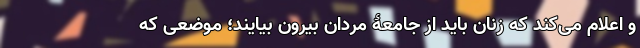
و اعلام می‌کند که زنان باید از جامعۀ مردان بیرون بیایند؛ موضعی که